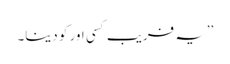
’’یہ فریب کسی اور کو دینا۔